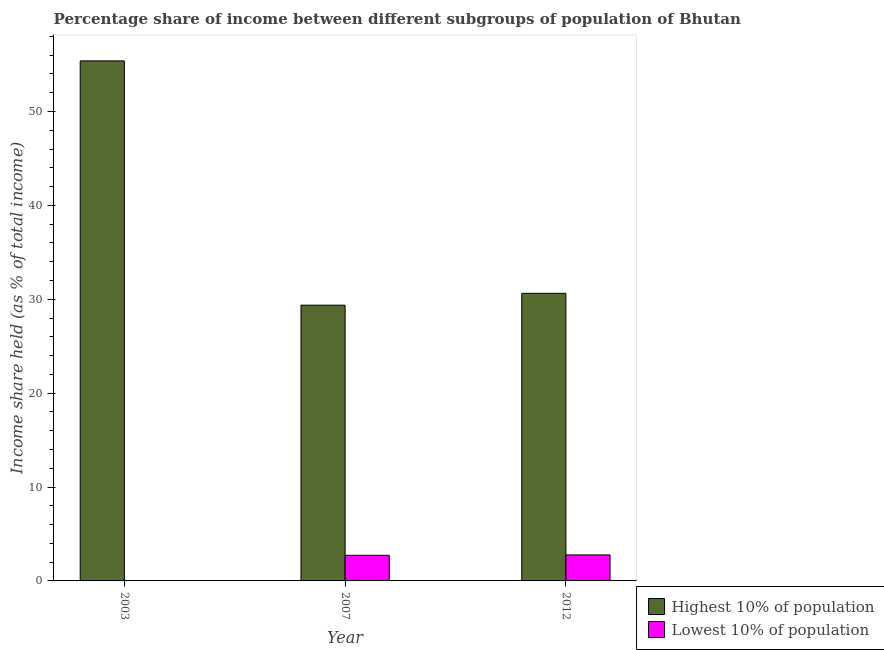
| Year | Highest 10% of population | Lowest 10% of population |
 | --- | --- | --- |
 | 2003 | 55.4 | 0.03 |
 | 2007 | 29.4 | 2.73 |
 | 2012 | 30.6 | 2.77 |